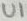
Text: U1